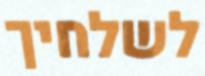
לשלחיך